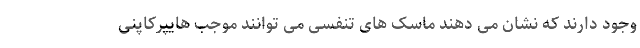
وجود دارند که نشان می دهند ماسک های تنفسی می توانند موجب هایپرکاپنی